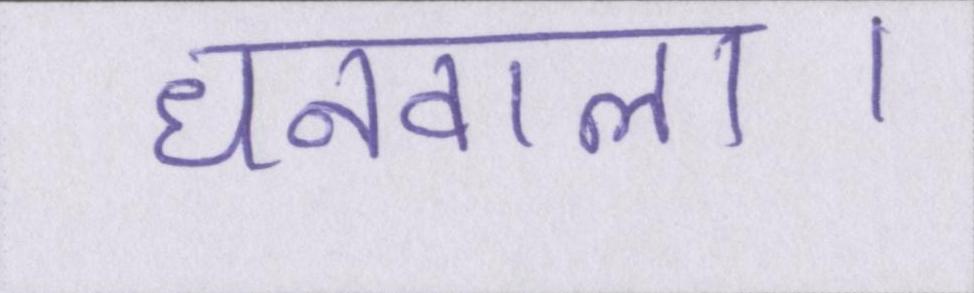
धनवाला।